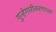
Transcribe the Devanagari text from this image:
गुन्हेगारीकरणाच्या